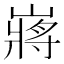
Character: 嶈